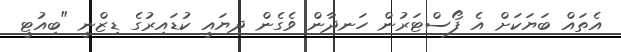
އެތައް ބަޔަކަށް އެ ފޯސްޓަރުން ހަނދާން ވެގެން ދިޔައީ ކުޑައިރުގެ ޑިޒްނީ "ބިއުޓީ